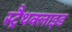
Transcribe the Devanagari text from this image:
स्ट्रैथक्लाइड